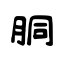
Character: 胴